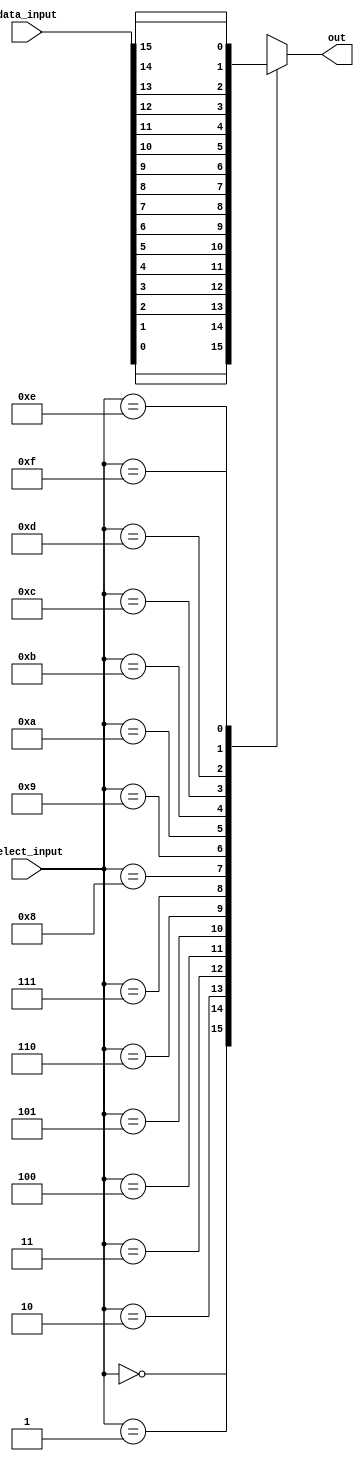
module mux_16to1(\n    input wire [15:0] data_input,\n    input wire [3:0] select_input,\n    output wire out\n);\n    //\u067d\u00f4\u067d\u00f4\n    reg mux_output;//case ...\n    \n    always @*\n        case (select_input)\n            4'b0000: mux_output = data_input[0];\n            4'b0001: mux_output = data_input[1];\n            4'b0010: mux_output = data_input[2];\n            4'b0011: mux_output = data_input[3];\n            4'b0100: mux_output = data_input[4];\n            4'b0101: mux_output = data_input[5];\n            4'b0110: mux_output = data_input[6];\n            4'b0111: mux_output = data_input[7];\n            4'b1000: mux_output = data_input[8];\n            4'b1001: mux_output = data_input[9];\n            4'b1010: mux_output = data_input[10];\n            4'b1011: mux_output = data_input[11];\n            4'b1100: mux_output = data_input[12];\n            4'b1101: mux_output = data_input[13];\n            4'b1110: mux_output = data_input[14];\n            4'b1111: mux_output = data_input[15];\n            default: mux_output = 16'hXXXX;\n        endcase\n    \n    assign out = mux_output;\n    \nendmodule
module func_add(\n    \n    input wire [15:0] A,\n    input wire [15:0] B,\n    output wire [15:0] C,\n    output wire OVERFLOW\n    );\n    \n    assign C = A+B;\n   \n    assign OVERFLOW = ((A[15] == B[15]) && (C[15] != A[15]));;\n    // && (temp[15] != A[15]));\n    //((~A[15]) && (~B[15]) &&(C[15]))||((A[15]) && (B[15]) &&(~C[15]));\n    //((a+b)<0)&&(a>0)&&(b>0) || ((a+b)>0)&&(a<0)&&(b<0); \n    \n    \nendmodule
module func_sub(\n   \n    input wire [15:0] A,\n    input wire [15:0] B,\n    output wire [15:0] C,\n    output wire OVERFLOW\n    );\n    func_add a (A,~B+1,C,OVERFLOW);\n\nendmodule
module func_id(\n    \n    input wire [15:0] A,\n    input wire [15:0] B,\n    output wire [15:0] C\n    );\nassign C = A;\n\nendmodule
module func_not(\n   \n    input wire [15:0] A,\n    input wire [15:0] B,\n    output wire [15:0] C\n    );\n\n    not(C[0],A[0]);\n    not(C[1], A[1]);\n    not(C[2], A[2]);\n    not(C[3], A[3]);\n    not(C[4], A[4]);\n    not(C[5], A[5]);\n    not(C[6], A[6]);\n    not(C[7], A[7]);\n    not(C[8], A[8]);\n    not(C[9], A[9]);\n    not(C[10], A[10]);\n    not(C[11], A[11]);\n    not(C[12], A[12]);\n    not(C[13], A[13]);\n    not(C[14], A[14]);\n    not(C[15], A[15]);\n\nendmodule
module func_and(\n\n    input wire [15:0] A,\n    input wire [15:0] B,\n    output wire [15:0] C\n    );\n    and(C[0],A[0],B[0]);\n    and(C[1], A[1], B[1]);\n    and(C[2], A[2], B[2]);\n    and(C[3], A[3], B[3]);\n    and(C[4], A[4], B[4]);\n    and(C[5], A[5], B[5]);\n    and(C[6], A[6], B[6]);\n    and(C[7], A[7], B[7]);\n    and(C[8], A[8], B[8]);\n    and(C[9], A[9], B[9]);\n    and(C[10], A[10], B[10]);\n    and(C[11], A[11], B[11]);\n    and(C[12], A[12], B[12]);\n    and(C[13], A[13], B[13]);\n    and(C[14], A[14], B[14]);\n    and(C[15], A[15], B[15]);\n\nendmodule
module func_or(\n  \n    input wire [15:0] A,\n    input wire [15:0] B,\n    output wire [15:0] C\n    );\n    or(C[0],A[0],B[0]);\n    or(C[1], A[1], B[1]);\n    or(C[2], A[2], B[2]);\n    or(C[3], A[3], B[3]);\n    or(C[4], A[4], B[4]);\n    or(C[5], A[5], B[5]);\n    or(C[6], A[6], B[6]);\n    or(C[7], A[7], B[7]);\n    or(C[8], A[8], B[8]);\n    or(C[9], A[9], B[9]);\n    or(C[10], A[10], B[10]);\n    or(C[11], A[11], B[11]);\n    or(C[12], A[12], B[12]);\n    or(C[13], A[13], B[13]);\n    or(C[14], A[14], B[14]);\n    or(C[15], A[15], B[15]);\n\nendmodule
module func_nand(\n    \n    input wire [15:0] A,\n    input wire [15:0] B,\n    output wire [15:0] C\n    );\n    nand(C[0],A[0],B[0]);\n    nand(C[1], A[1], B[1]);\n    nand(C[2], A[2], B[2]);\n    nand(C[3], A[3], B[3]);\n    nand(C[4], A[4], B[4]);\n    nand(C[5], A[5], B[5]);\n    nand(C[6], A[6], B[6]);\n    nand(C[7], A[7], B[7]);\n    nand(C[8], A[8], B[8]);\n    nand(C[9], A[9], B[9]);\n    nand(C[10], A[10], B[10]);\n    nand(C[11], A[11], B[11]);\n    nand(C[12], A[12], B[12]);\n    nand(C[13], A[13], B[13]);\n    nand(C[14], A[14], B[14]);\n    nand(C[15], A[15], B[15]);\n\nendmodule
module func_nor(\n    \n    input wire [15:0] A,\n    input wire [15:0] B,\n    output wire [15:0] C\n    );\n    nor(C[0],A[0],B[0]);\n    nor(C[1], A[1], B[1]);\n    nor(C[2], A[2], B[2]);\n    nor(C[3], A[3], B[3]);\n    nor(C[4], A[4], B[4]);\n    nor(C[5], A[5], B[5]);\n    nor(C[6], A[6], B[6]);\n    nor(C[7], A[7], B[7]);\n    nor(C[8], A[8], B[8]);\n    nor(C[9], A[9], B[9]);\n    nor(C[10], A[10], B[10]);\n    nor(C[11], A[11], B[11]);\n    nor(C[12], A[12], B[12]);\n    nor(C[13], A[13], B[13]);\n    nor(C[14], A[14], B[14]);\n    nor(C[15], A[15], B[15]);\n\nendmodule
module func_xor(\n    \n    input wire [15:0] A,\n    input wire [15:0] B,\n    output wire [15:0] C\n    );\n    xor(C[0],A[0],B[0]);\n    xor(C[1], A[1], B[1]);\n    xor(C[2], A[2], B[2]);\n    xor(C[3], A[3], B[3]);\n    xor(C[4], A[4], B[4]);\n    xor(C[5], A[5], B[5]);\n    xor(C[6], A[6], B[6]);\n    xor(C[7], A[7], B[7]);\n    xor(C[8], A[8], B[8]);\n    xor(C[9], A[9], B[9]);\n    xor(C[10], A[10], B[10]);\n    xor(C[11], A[11], B[11]);\n    xor(C[12], A[12], B[12]);\n    xor(C[13], A[13], B[13]);\n    xor(C[14], A[14], B[14]);\n    xor(C[15], A[15], B[15]);\n\nendmodule
module func_xnor(\n    \n    input wire [15:0] A,\n    input wire [15:0] B,\n    output wire [15:0] C\n    );\n    xnor(C[0],A[0],B[0]);\n    xnor(C[1], A[1], B[1]);\n    xnor(C[2], A[2], B[2]);\n    xnor(C[3], A[3], B[3]);\n    xnor(C[4], A[4], B[4]);\n    xnor(C[5], A[5], B[5]);\n    xnor(C[6], A[6], B[6]);\n    xnor(C[7], A[7], B[7]);\n    xnor(C[8], A[8], B[8]);\n    xnor(C[9], A[9], B[9]);\n    xnor(C[10], A[10], B[10]);\n    xnor(C[11], A[11], B[11]);\n    xnor(C[12], A[12], B[12]);\n    xnor(C[13], A[13], B[13]);\n    xnor(C[14], A[14], B[14]);\n    xnor(C[15], A[15], B[15]);\n\nendmodule
module func_lls(\n    \n    input wire [15:0] A,\n    input wire [15:0] B,\n    output wire [15:0] C\n    );\n    \n    assign C[15]=A[14];\n    assign C[14:1]=A[13:0];\n    assign C[0]=0;\n\nendmodule
module func_lrs(\n    \n    input wire [15:0] A,\n    input wire [15:0] B,\n    output wire [15:0] C\n    );\n    \n    assign C[15] = 0;\n    assign C[14:0] = A[15:1];\n\nendmodule
module func_als(\n    \n    input wire [15:0] A,\n    input wire [15:0] B,\n    output wire [15:0] C\n    );\n    \n    assign C[15]=A[14];\n    assign C[14:1]=A[13:0];\n    assign C[0]=0;\n\nendmodule
module func_ars(\n    \n    input wire [15:0] A,\n    input wire [15:0] B,\n    output wire [15:0] C\n    );\n    \n    assign C[15] = A[15];\n    assign C[14:0] = A[15:1];\n\nendmodule
module func_tcp(\n   \n    input wire [15:0] A,\n    input wire [15:0] B,\n    output wire [15:0] C\n    );\n    \n    assign C = ~A + 1;\n      \nendmodule
module func_zero(\n    \n    input wire [15:0] A,\n    input wire [15:0] B,\n    output wire [15:0] C\n    );\n    \n    assign C = 0;\n    \nendmodule
module alu(\n    input wire [15:0] A,\n    input wire [15:0] B,\n    input wire [3:0] FuncCode,\n    output wire [15:0] C,\n    output wire OverflowFlag\n    );\n   \n    wire [1:0] temp_overflow;\n    wire [15:0] temp_C [15:0];\n    \n    func_add    f0(A, B, temp_C[0], temp_overflow[0]);\n    func_sub    f1(A, B, temp_C[1], temp_overflow[1]);\n    func_id     f2(A, B, temp_C[2]);\n    func_not    f3(A, B, temp_C[3]);\n    func_and    f4(A, B, temp_C[4]);\n    func_or     f5(A, B, temp_C[5]);\n    func_nand   f6(A, B, temp_C[6]);\n    func_nor    f7(A, B, temp_C[7]);\n    func_xor    f8(A, B, temp_C[8]);\n    func_xnor   f9(A, B, temp_C[9]);\n    func_lls    f10(A, B, temp_C[10]);\n    func_lrs    f11(A, B, temp_C[11]);\n    func_als    f12(A, B, temp_C[12]);\n    func_ars    f13(A, B, temp_C[13]);\n    func_tcp    f14(A, B, temp_C[14]);\n    func_zero   f15(A, B, temp_C[15]);\n    \n    mux_16to1 mux0({temp_C[15][0], temp_C[14][0], temp_C[13][0], temp_C[12][0], temp_C[11][0], temp_C[10][0], temp_C[9][0], temp_C[8][0],\n                    temp_C[7][0], temp_C[6][0], temp_C[5][0], temp_C[4][0], temp_C[3][0], temp_C[2][0], temp_C[1][0], temp_C[0][0]}, FuncCode, C[0]); \n                    \n    mux_16to1 mux1({temp_C[15][1], temp_C[14][1], temp_C[13][1], temp_C[12][1], temp_C[11][1], temp_C[10][1], temp_C[9][1], temp_C[8][1],\n                    temp_C[7][1], temp_C[6][1], temp_C[5][1], temp_C[4][1], temp_C[3][1], temp_C[2][1], temp_C[1][1], temp_C[0][1]}, FuncCode, C[1]);\n    \n    mux_16to1 mux2({temp_C[15][2], temp_C[14][2], temp_C[13][2], temp_C[12][2], temp_C[11][2], temp_C[10][2], temp_C[9][2], temp_C[8][2],\n                    temp_C[7][2], temp_C[6][2], temp_C[5][2], temp_C[4][2], temp_C[3][2], temp_C[2][2], temp_C[1][2], temp_C[0][2]}, FuncCode, C[2]);\n\n    mux_16to1 mux3({temp_C[15][3], temp_C[14][3], temp_C[13][3], temp_C[12][3], temp_C[11][3], temp_C[10][3], temp_C[9][3], temp_C[8][3],\n                    temp_C[7][3], temp_C[6][3], temp_C[5][3], temp_C[4][3], temp_C[3][3], temp_C[2][3], temp_C[1][3], temp_C[0][3]}, FuncCode, C[3]);\n    \n    mux_16to1 mux4({temp_C[15][4], temp_C[14][4], temp_C[13][4], temp_C[12][4], temp_C[11][4], temp_C[10][4], temp_C[9][4], temp_C[8][4],\n                    temp_C[7][4], temp_C[6][4], temp_C[5][4], temp_C[4][4], temp_C[3][4], temp_C[2][4], temp_C[1][4], temp_C[0][4]}, FuncCode, C[4]);\n    \n    mux_16to1 mux5({temp_C[15][5], temp_C[14][5], temp_C[13][5], temp_C[12][5], temp_C[11][5], temp_C[10][5], temp_C[9][5], temp_C[8][5],\n                    temp_C[7][5], temp_C[6][5], temp_C[5][5], temp_C[4][5], temp_C[3][5], temp_C[2][5], temp_C[1][5], temp_C[0][5]}, FuncCode, C[5]);\n    \n    mux_16to1 mux6({temp_C[15][6], temp_C[14][6], temp_C[13][6], temp_C[12][6], temp_C[11][6], temp_C[10][6], temp_C[9][6], temp_C[8][6],\n                    temp_C[7][6], temp_C[6][6], temp_C[5][6], temp_C[4][6], temp_C[3][6], temp_C[2][6], temp_C[1][6], temp_C[0][6]}, FuncCode, C[6]);\n    \n    mux_16to1 mux7({temp_C[15][7], temp_C[14][7], temp_C[13][7], temp_C[12][7], temp_C[11][7], temp_C[10][7], temp_C[9][7], temp_C[8][7],\n                    temp_C[7][7], temp_C[6][7], temp_C[5][7], temp_C[4][7], temp_C[3][7], temp_C[2][7], temp_C[1][7], temp_C[0][7]}, FuncCode, C[7]);\n             \n    mux_16to1 mux8({temp_C[15][8], temp_C[14][8], temp_C[13][8], temp_C[12][8], temp_C[11][8], temp_C[10][8], temp_C[9][8], temp_C[8][8],\n                    temp_C[7][8], temp_C[6][8], temp_C[5][8], temp_C[4][8], temp_C[3][8], temp_C[2][8], temp_C[1][8], temp_C[0][8]}, FuncCode, C[8]);\n\n    mux_16to1 mux9({temp_C[15][9], temp_C[14][9], temp_C[13][9], temp_C[12][9], temp_C[11][9], temp_C[10][9], temp_C[9][9], temp_C[8][9],\n                    temp_C[7][9], temp_C[6][9], temp_C[5][9], temp_C[4][9], temp_C[3][9], temp_C[2][9], temp_C[1][9], temp_C[0][9]}, FuncCode, C[9]);\n\n    mux_16to1 mux10({temp_C[15][10], temp_C[14][10], temp_C[13][10], temp_C[12][10], temp_C[11][10], temp_C[10][10], temp_C[9][10], temp_C[8][10],\n                    temp_C[7][10], temp_C[6][10], temp_C[5][10], temp_C[4][10], temp_C[3][10], temp_C[2][10], temp_C[1][10], temp_C[0][10]}, FuncCode, C[10]);\n\n    mux_16to1 mux11({temp_C[15][11], temp_C[14][11], temp_C[13][11], temp_C[12][11], temp_C[11][11], temp_C[10][11], temp_C[9][11], temp_C[8][11],\n                    temp_C[7][11], temp_C[6][11], temp_C[5][11], temp_C[4][11], temp_C[3][11], temp_C[2][11], temp_C[1][11], temp_C[0][11]}, FuncCode, C[11]);\n\n    mux_16to1 mux12({temp_C[15][12], temp_C[14][12], temp_C[13][12], temp_C[12][12], temp_C[11][12], temp_C[10][12], temp_C[9][12], temp_C[8][12],\n                    temp_C[7][12], temp_C[6][12], temp_C[5][12], temp_C[4][12], temp_C[3][12], temp_C[2][12], temp_C[1][12], temp_C[0][12]}, FuncCode, C[12]);\n\n    mux_16to1 mux13({temp_C[15][13], temp_C[14][13], temp_C[13][13], temp_C[12][13], temp_C[11][13], temp_C[10][13], temp_C[9][13], temp_C[8][13],\n                    temp_C[7][13], temp_C[6][13], temp_C[5][13], temp_C[4][13], temp_C[3][13], temp_C[2][13], temp_C[1][13], temp_C[0][13]}, FuncCode, C[13]);\n\n    mux_16to1 mux14({temp_C[15][14], temp_C[14][14], temp_C[13][14], temp_C[12][14], temp_C[11][14], temp_C[10][14], temp_C[9][14], temp_C[8][14],\n                    temp_C[7][14], temp_C[6][14], temp_C[5][14], temp_C[4][14], temp_C[3][14], temp_C[2][14], temp_C[1][14], temp_C[0][14]}, FuncCode, C[14]);\n\n    mux_16to1 mux15({temp_C[15][15], temp_C[14][15], temp_C[13][15], temp_C[12][15], temp_C[11][15], temp_C[10][15], temp_C[9][15], temp_C[8][15],\n                    temp_C[7][15], temp_C[6][15], temp_C[5][15], temp_C[4][15], temp_C[3][15], temp_C[2][15], temp_C[1][15], temp_C[0][15]}, FuncCode, C[15]);\n            \n            \n    assign OverflowFlag = (temp_overflow[0] | temp_overflow[1])& (~FuncCode[3])& (~FuncCode[2])& (~FuncCode[1]);\n    \nendmodule